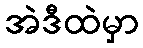
အဲဒီထဲမှာ